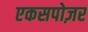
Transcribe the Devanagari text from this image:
एकसपोज़र